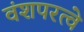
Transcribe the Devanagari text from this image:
वंशपरत्वे